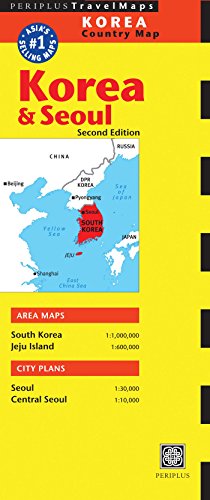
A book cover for Korea & Seoul Travel Map  (Periplus Travel Maps); Travel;